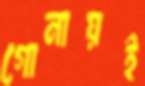
গোনায়ই